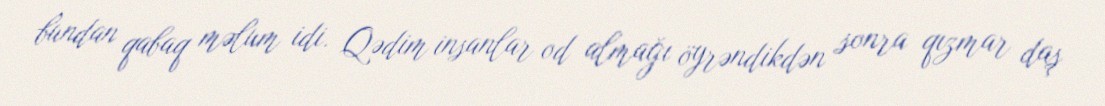
bundan qabaq məlum idi. Qədim insanlar od almağı öyrəndikdən sonra qızmar daş